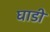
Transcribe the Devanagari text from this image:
घाडी